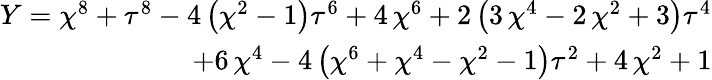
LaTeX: \begin{array}{r}{Y={\chi}^{8}+{\tau}^{8}-4\, {\left({\chi}^{2}-1\right)}{\tau}^{6}+4\, {\chi}^{6}+2\, {\left(3\, {\chi}^{4}-2\, {\chi}^{2}+3\right)}{\tau}^{4}}\\ {+6\, {\chi}^{4}-4\, {\left({\chi}^{6}+{\chi}^{4}-{\chi}^{2}-1\right)}{\tau}^{2}+4\, {\chi}^{2}+1}\end{array}